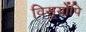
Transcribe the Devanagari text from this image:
विसूर्योपि